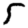
Digit: 5